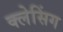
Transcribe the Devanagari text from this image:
क्लेसिंग